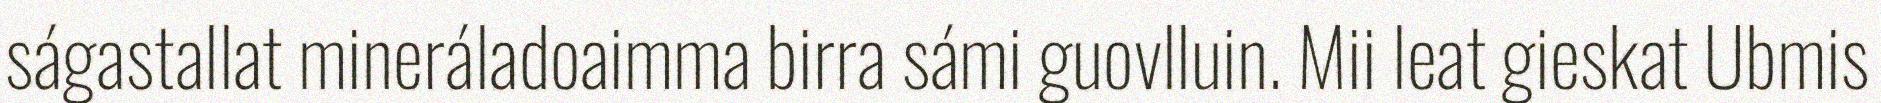
ságastallat mineráladoaimma birra sámi guovlluin. Mii leat gieskat Ubmis